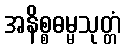
အနိစ္စဓမ္မသုတ္တံ